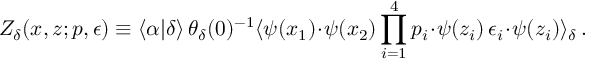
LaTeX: { \cal Z } _ { \delta } ( x , z ; p , \epsilon ) \equiv \langle \alpha | \delta \rangle \, \theta _ { \delta } ( 0 ) ^ { - 1 } \langle \psi ( x _ { 1 } ) \! \cdot \! \psi ( x _ { 2 } ) \prod _ { i = 1 } ^ { 4 } p _ { i } \! \cdot \! \psi ( z _ { i } ) \, \epsilon _ { i } \! \cdot \! \psi ( z _ { i } ) \rangle _ { \delta } \, .